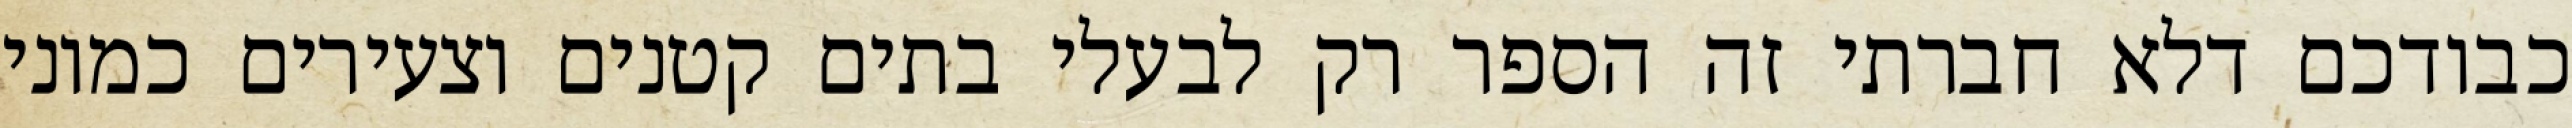
כבודכם דלא חברתי זה הספר רק לבעלי בתים קטנים וצעירים כמוני